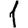
Digit: 1